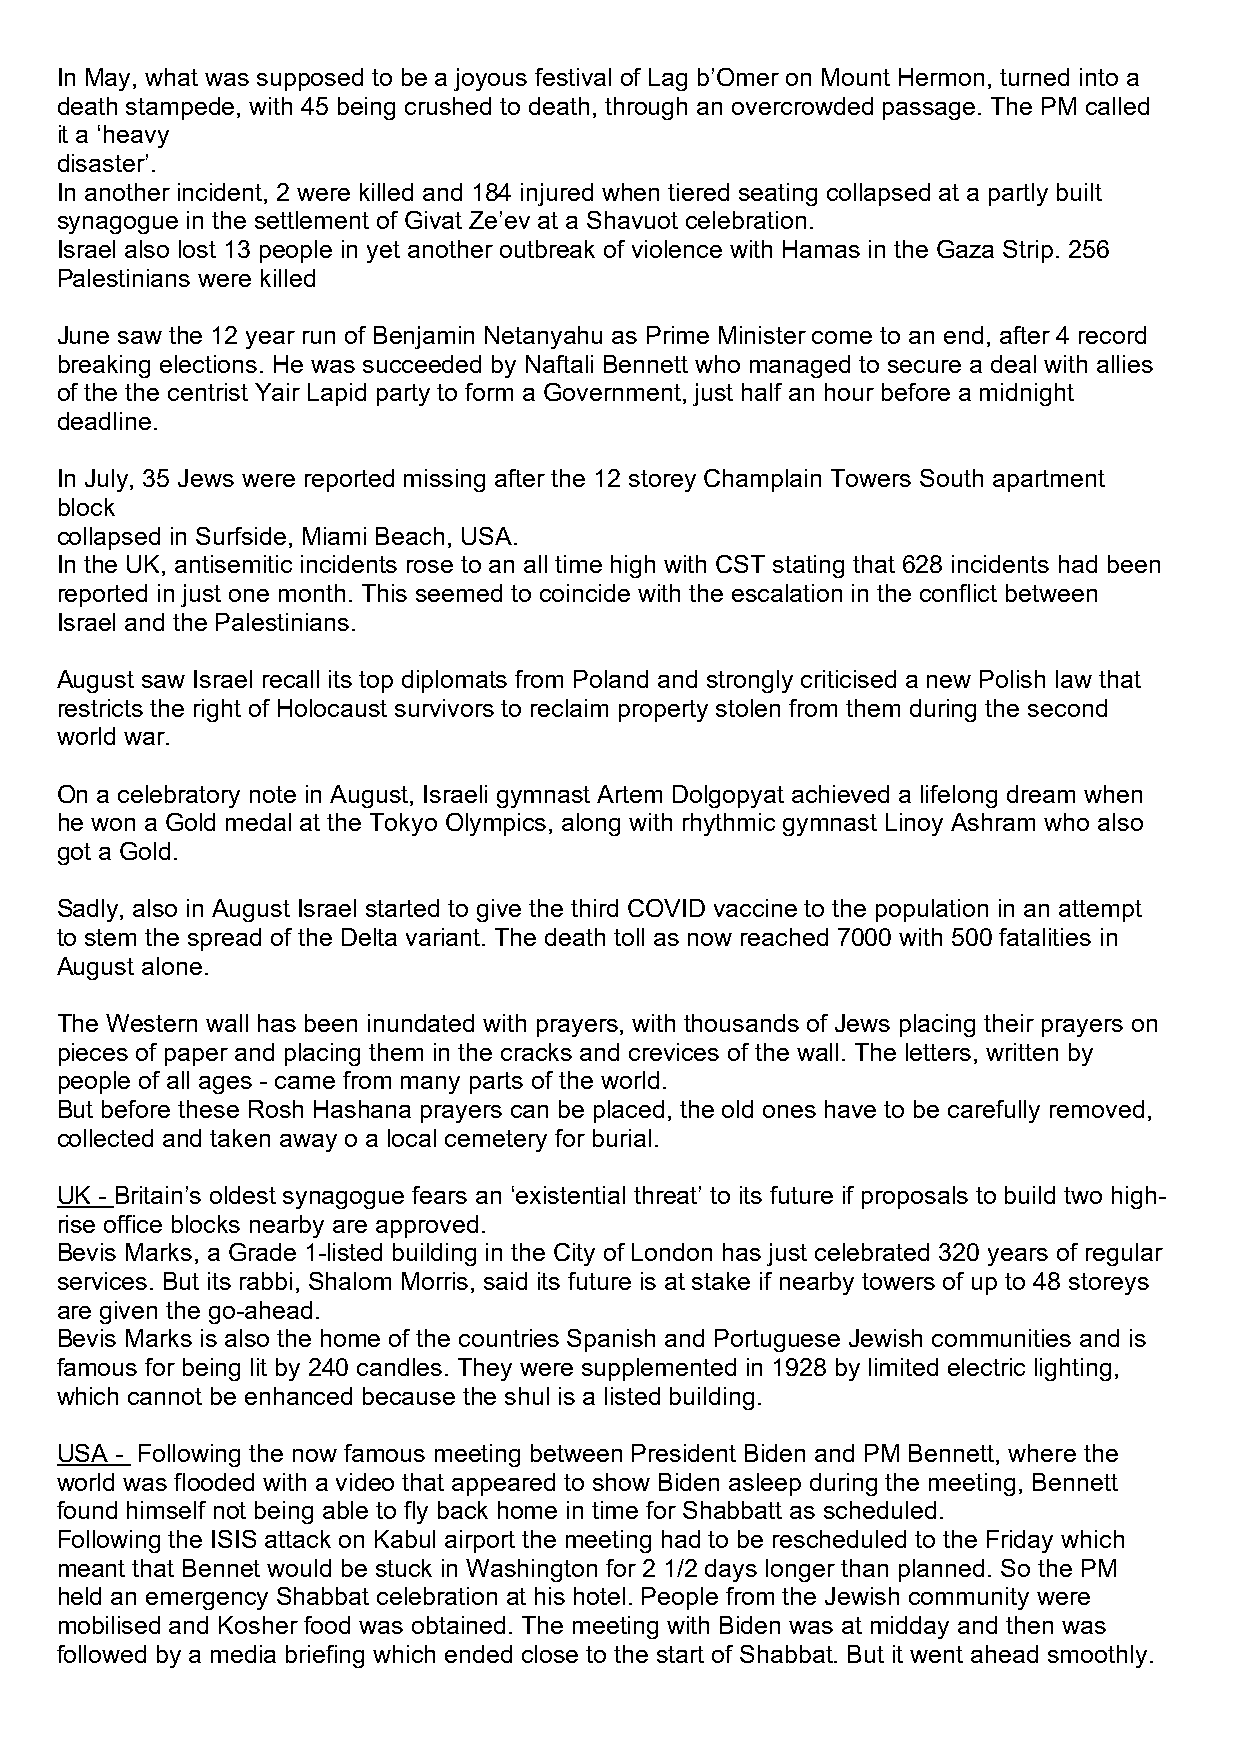
In May, what was supposed to be a joyous festival of Lag b’Omer on Mount Hermon, turned into a
 death stampede, with 45 being crushed to death, through an overcrowded passage. The PM called
 it a ‘heavy
 disaster’.
 In another incident, 2 were killed and 184 injured when tiered seating collapsed at a partly built
 synagogue in the settlement of Givat Ze’ev at a Shavuot celebration.
 Israel also lost 13 people in yet another outbreak of violence with Hamas in the Gaza Strip. 256
 Palestinians were killed
 June saw the 12 year run of Benjamin Netanyahu as Prime Minister come to an end, after 4 record
 breaking elections. He was succeeded by Naftali Bennett who managed to secure a deal with allies
 of the the centrist Yair Lapid party to form a Government, just half an hour before a midnight
 deadline.
 In July, 35 Jews were reported missing after the 12 storey Champlain Towers South apartment
 block
 collapsed in Surfside, Miami Beach, USA.
 In the UK, antisemitic incidents rose to an all time high with CST stating that 628 incidents had been
 reported in just one month. This seemed to coincide with the escalation in the conflict between
 Israel and the Palestinians.
 August saw Israel recall its top diplomats from Poland and strongly criticised a new Polish law that
 restricts the right of Holocaust survivors to reclaim property stolen from them during the second
 world war.
 On a celebratory note in August, Israeli gymnast Artem Dolgopyat achieved a lifelong dream when
 he won a Gold medal at the Tokyo Olympics, along with rhythmic gymnast Linoy Ashram who also
 got a Gold.
 Sadly, also in August Israel started to give the third COVID vaccine to the population in an attempt
 to stem the spread of the Delta variant. The death toll as now reached 7000 with 500 fatalities in
 August alone.
 The Western wall has been inundated with prayers, with thousands of Jews placing their prayers on
 pieces of paper and placing them in the cracks and crevices of the wall. The letters, written by
 people of all ages - came from many parts of the world.
 But before these Rosh Hashana prayers can be placed, the old ones have to be carefully removed,
 collected and taken away o a local cemetery for burial.
 UK - Britain’s oldest synagogue fears an ‘existential threat’ to its future if proposals to build two high-
 rise office blocks nearby are approved.
 Bevis Marks, a Grade 1-listed building in the City of London has just celebrated 320 years of regular
 services. But its rabbi, Shalom Morris, said its future is at stake if nearby towers of up to 48 storeys
 are given the go-ahead.
 Bevis Marks is also the home of the countries Spanish and Portuguese Jewish communities and is
 famous for being lit by 240 candles. They were supplemented in 1928 by limited electric lighting,
 which cannot be enhanced because the shul is a listed building.
 USA - Following the now famous meeting between President Biden and PM Bennett, where the
 world was flooded with a video that appeared to show Biden asleep during the meeting, Bennett
 found himself not being able to fly back home in time for Shabbatt as scheduled.
 Following the ISIS attack on Kabul airport the meeting had to be rescheduled to the Friday which
 meant that Bennet would be stuck in Washington for 2 1/2 days longer than planned. So the PM
 held an emergency Shabbat celebration at his hotel. People from the Jewish community were
 mobilised and Kosher food was obtained. The meeting with Biden was at midday and then was
 followed by a media briefing which ended close to the start of Shabbat. But it went ahead smoothly.